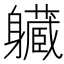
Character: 𨊙